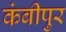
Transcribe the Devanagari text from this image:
कंबीपुर